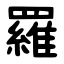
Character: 羅